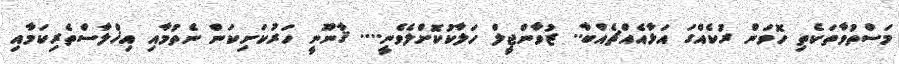
މަސްތުވާތަކެތި ހޮވަން ރުކެއްގަ އަޅާއެއްޗެއްބާ.. ޒުވާންޖީލް ހަލާކުކޮށްލެވެނީ.... ޤާނޫނީ ހަރުކަށިކަން ނެތުމާއި އިޚްލާސްތެރިކަމާއި